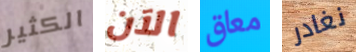
الكثير الآن معاق نغادر